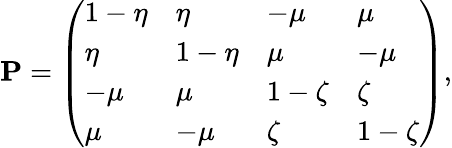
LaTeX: {\mathbf P}=\left(\begin{array}{llll}{1-\eta}&{\eta}&{-\mu}&{\mu}\\ {\eta}&{1-\eta}&{\mu}&{-\mu}\\ {-\mu}&{\mu}&{1-\zeta}&{\zeta}\\ {\mu}&{-\mu}&{\zeta}&{1-\zeta}\end{array}\right),